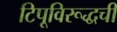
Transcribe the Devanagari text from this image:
टिपूविरूद्धची